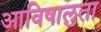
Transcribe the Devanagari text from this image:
आविषालुता